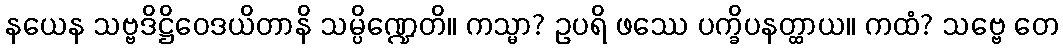
နယေန သဗ္ဗဒိဋ္ဌိဝေဒယိတာနိ သမ္ပိဏ္ဍေတိ။ ကသ္မာ? ဥပရိ ဖဿေ ပက္ခိပနတ္ထာယ။ ကထံ? သဗ္ဗေ တေ